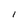
Character: l